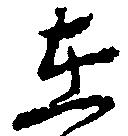
在